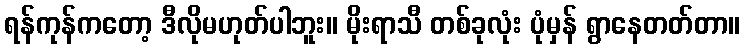
ရန်ကုန်ကတော့ ဒီလိုမဟုတ်ပါဘူး။ မိုးရာသီ တစ်ခုလုံး ပုံမှန် ရွာနေတတ်တာ။